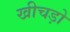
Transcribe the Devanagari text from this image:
खीचड़ो